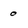
Character: 0